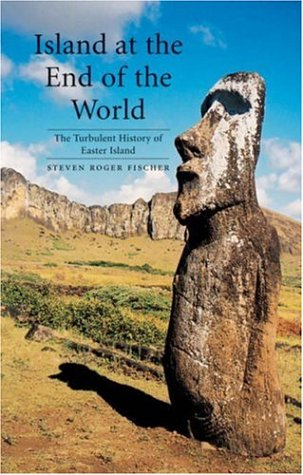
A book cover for Island at the End of the World: The Turbulent History of Easter Island; Steven Roger Fischer; History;